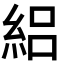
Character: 絽